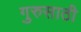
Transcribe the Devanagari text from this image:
गुरुसाठी